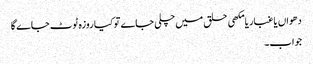
دھواں یا غبار یا مکھی حلق میں چلی جاے تو کیا روزہ ٹوٹ جاے گا
جواب۔